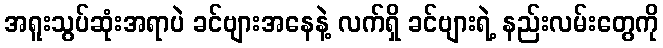
အရူးသွပ်ဆုံးအရာပဲ ခင်ဗျားအနေနဲ့ လက်ရှိ ခင်ဗျားရဲ့ နည်းလမ်းတွေကို